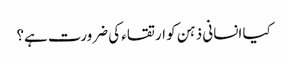
کیا انسانی ذہن کو ارتقاء کی ضرورت ہے؟